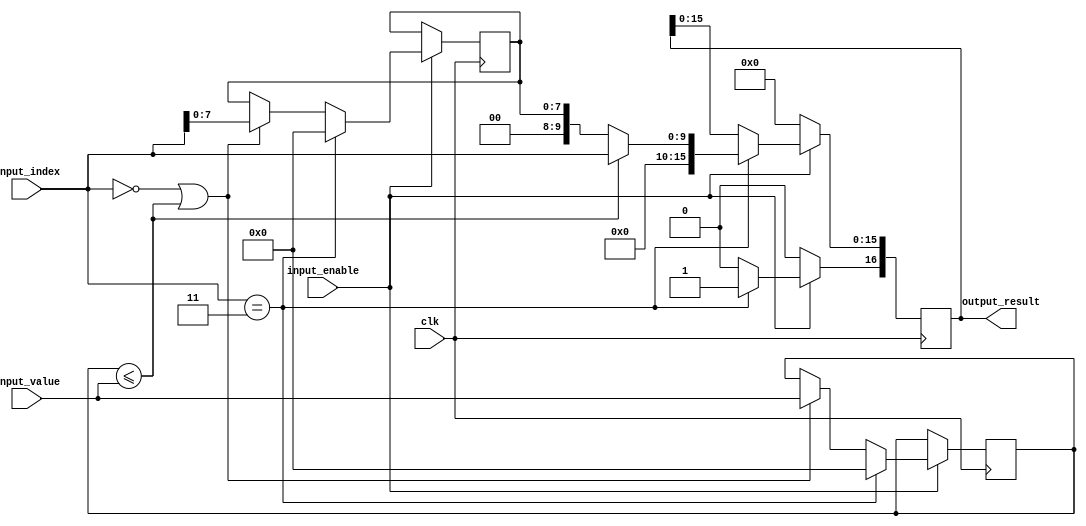
`timescale 1ns / 1ps
//////////////////////////////////////////////////////////////////////////////////
// Final cell which checks the values of each classification option 
// and outputs the result,
//////////////////////////////////////////////////////////////////////////////////


module argmax_cell#(
        parameter DATA_WIDTH = 8,
        parameter RESULT_WIDTH = 16,
        parameter INDEX_WIDTH = 10,
        parameter CELL_AMOUNT = 4
    ) (
        input wire clk,
        input wire [INDEX_WIDTH-1:0] input_index,
        input wire [DATA_WIDTH-1:0] input_value,
        input wire input_enable,
        output reg [RESULT_WIDTH:0] output_result
    );

reg [DATA_WIDTH-1:0] best_value;
reg [DATA_WIDTH-1:0] best_index;

initial begin
    best_value = 0;
    best_index = 0;
end

always @ (posedge clk) begin #1
    if (input_enable)
        if (input_index == CELL_AMOUNT - 1) begin
            output_result[RESULT_WIDTH] = 1'b1;
            if (best_value <= input_value) output_result[RESULT_WIDTH-1:0] <= input_index;
            else output_result[RESULT_WIDTH-1:0] <= best_index;
            best_value <= 0;
            best_index <= 0;
        end
        else begin
            output_result[RESULT_WIDTH] <= 1'b0;
            if (input_index == 0 || best_value <= input_value) begin
                best_value <= input_value;
                best_index <= input_index;
            end
        end
    else output_result <= 0;
end    

endmodule